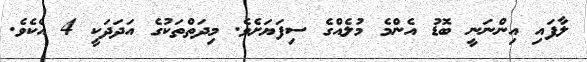
ލާފައި އިންނަނީ ބޮޑު އެންމެ މުލެއްގެ ސިފަޔަށެވެ. މިދަތްތަކުގެ އަދަދަކީ 4 އެކެވެ.